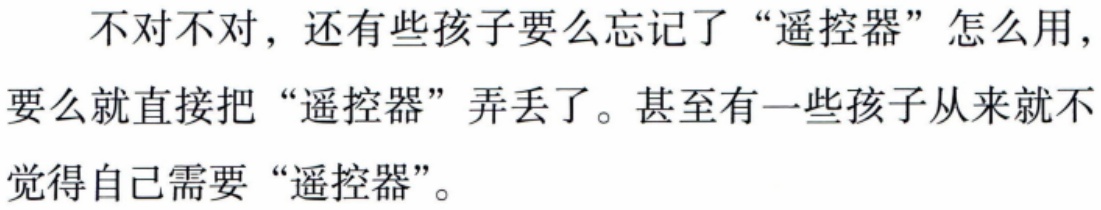
不对不对，还有些孩子要么忘记了“遥控器”怎么用，要么就直接把“遥控器”弄丢了。甚至有一些孩子从来就不觉得自己需要“遥控器”。